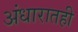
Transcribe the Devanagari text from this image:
अंधारातही